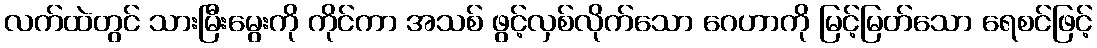
လက်ထဲတွင် သားမြီးမွေးကို ကိုင်ကာ အသစ် ဖွင့်လှစ်လိုက်သော ဂေဟာကို မြင့်မြတ်သော ရေစင်ဖြင့်